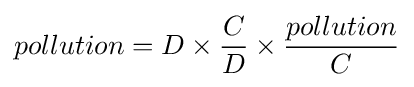
pollution=D\times {\frac {C}{D}}\times {\frac {pollution}{C}}